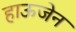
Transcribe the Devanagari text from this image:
हाऊजेन